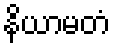
နိယာမတံ